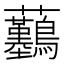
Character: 𧆖